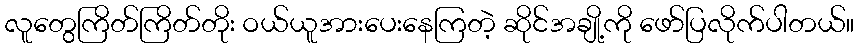
လူတွေကြိတ်ကြိတ်တိုး ဝယ်ယူအားပေးနေကြတဲ့ ဆိုင်အချို့ကို ဖော်ပြလိုက်ပါတယ်။